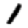
Digit: 1